Medical and sanitary report of the native army of Madras for the year
Year: 1876
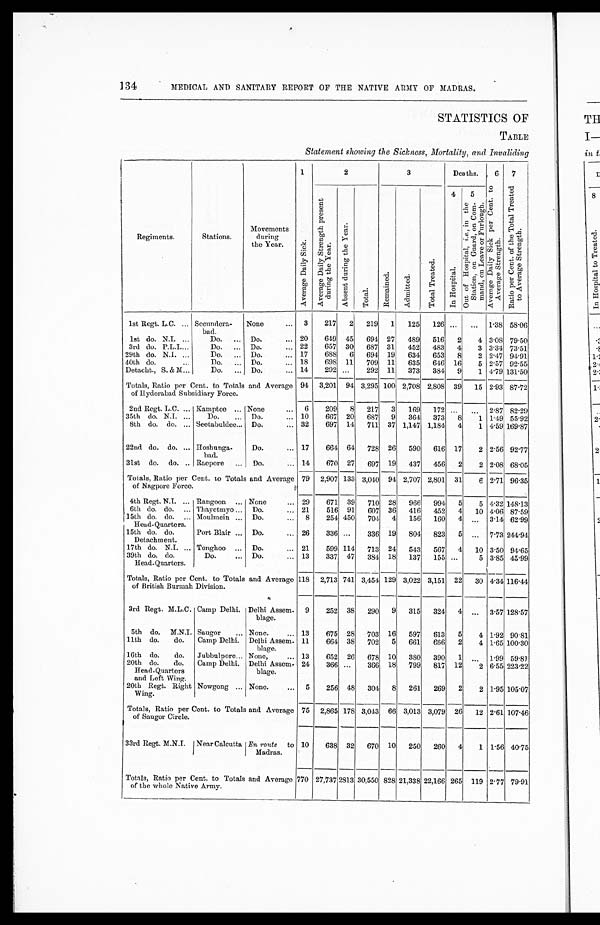
134
MEDICAL AND SANITARY REPORT OF THE NATIVE ARMY OF MADRAS.
STATISTICS OF
TABLE
Statement showing the Sickness, Mortality, and Invaliding
Regiments.
Stations.
Movements
during
the Year.
1 A v e r a g e D a i l y S i c k .
2
3
D e a t h s .
6 A v e r a g e D a i l y S i c k p e r C e n t . t o A v e r a g e S t r e n g t h . 7 R a t i o p e r C e n t . o f t h e T o t a l T r e a t e d t o A v e r a g e S t r e n g t h .
A v e r a g e D a i l y S t r e n g t h p r e s e n t d u r i n g t h e Y e a r .
A b s e n t d u r i n g t h e Y e a r .
T o t a l .
R e m a i n e d .
A d m i t t e d .
T o t a l T r e a t e d .
4 I n H o s p i t a l .
5 O u t o f H o s p i t a l ,
i . e.
, i n t h e S t a t i o n , o n G u a r d , o n C o m - m a n d , o n L e a v e o r F u r l o u g h .
1st Regt. L.C.
Secundera-
bad.
None
3 217 2 219 1 125 126
. . .
. . .
1.38 58.06
1st do. N.I.
Do.
Do.
20 649 45 694 27 489 516 2 4 3.08 79.50
3rd do. P.L.I.
Do.
Do.
22 657 30 687 31 452 483 4 3 3.34 73.51
29th do. N.I.
Do.
Do.
17 688 6 694 19 634 653 8 2 2.47 94.91
40th do.
Do.
Do.
18 698 11 709 11 635 646 16 5 2.57 92.55
Detacht., S. & M.
Do.
Do.
14 292
. . .
292 11 373 384 9 1 4.79 131.50
Totals, Ratio per Cent. to Totals and Average
of Hyderabad Subsidiary Force.
94 3,201 94 3,295 100 2,708 2,808 39 15 2.93 87.72
2nd Regt. L.C. Kamptee
None
6 209 8 217 3 169 172
. . .
. . .
2.87 82.29
35th do. N.I.
Do.
Do.
10 667 20 687 9 364 373 8 1 1.49 55.92
8th do.
Seetabuldee Do.
32 697 14 711 37 1,147 1,184 4 1 4.59 169.87
22nd do. do.
Hoshunga-
bad.
Do.
17 664 64 728 26 590 616 17 2 2.56 92.77
31st do. do. Raepore
Do.
14 670 27 697 19 437 456 2 2 2.08 68.05
Totals, Ratio per Cent. to Totals and Average
of Nagpore Force.
79 2,907 133 3,040 94 2,707 2,801 31
6
2.71 96.35
4th Regt. N.I.
Rangoon
None
29 671 39 710 28 966 994 5 5 4.32 148.13
6th do. do.
Thayetmyo
Do.
21 516 91 607 36 416 452 4 10 4.06 87.59
15th do. do.
Head-Quarters.
Moulmein
Do.
8 254 450 704 4 156 160 4
. . .
3.14 62.99
15th do. do.
Detachment.
Port Blair
Do.
26 336
. . .
336 19 804 823 5
. . .
7.73 244.94
17th do. N.I.
Tonghoo
Do.
21 599 114 713 24 543 567 4 10 3.50 94.65
39th do. do.
Head-Quarters.
Do.
Do.
13 337 47 384 18 137 155
. . .
5 3.85 45.99
Totals, Ratio per Cent. to Totals and Average
of British Burmah Division.
118 2,713 741 3,454 129 3,022 3,151 22 30 4.34 116.44
3rd Regt. M.L.C. Camp Delhi. Delhi Assem-
blage.
9 252 38 290 9 315 324 4
. . .
3.57 128.57
5th do. M.N.I. Saugor
None.
13 675 28 703 16 597 613 5 4 1.92 90.81
11th do. do. Camp Delhi. Delhi Assem-
blage.
11 664 38 702 5 661 666 2 4 1.65 100.30
16th do. do. Jubbulpore None,
13 652 26 678 10 380 390 1
. . .
1.99 59.81
20th do. do.
Head-Quarters
and Left Wing.
Camp Delhi. Delhi Assem-
blage.
24 366
. . .
366 18 799 817 12 2 6.55 223.22
20th Regt. Right
Wing.
Nowgong
None.
5 256 48 304 8 261 269 2 2 1.95 105.07
Totals, Ratio per Cent. to Totals and Average
of Saugor Circle.
75 2,865 178 3,043 66 3,013 3,079 26 12 2.61 107.46
33rd Regt. M.N.I. Near Calcutta En route to
Madras.
10 638 32 670 10 250 260 4 1 1.56 40.75
Totals, Ratio per Cent. to Totals and Average
of the whole Native Army.
770 27,737 2813 30,550 828 21,338 22,166 265 119 2.77 79.91